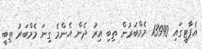
އެޕާޓީގައި 13990 މެމްބަރުން ތިބި އިރު ދެން އެންމެ ގިނަ މެމްބަރު ތިބީ